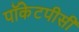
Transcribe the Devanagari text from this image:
पॉकेटपीसी